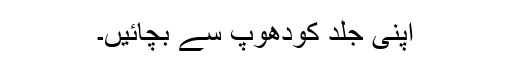
اپنی جلد کودھوپ سے بچائیں۔